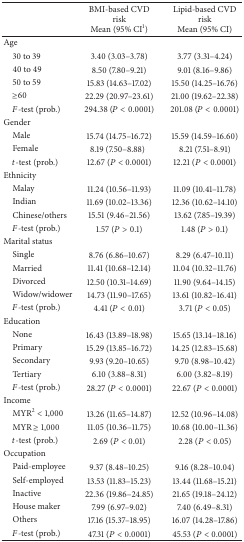
<table><thead><tr><td><b> </b></td><td><b>BMI-based CVD risk Mean (95% CI<sup>1</sup>)</b></td><td><b>Lipid-based CVD risk Mean (95% CI)</b></td></tr></thead><tbody><tr><td>Age</td><td> </td><td> </td></tr><tr><td> 30 to 39</td><td>3.40 (3.03–3.78)</td><td>3.77 (3.31–4.24)</td></tr><tr><td> 40 to 49</td><td>8.50 (7.80–9.21)</td><td>9.01 (8.16–9.86)</td></tr><tr><td> 50 to 59</td><td>15.83 (14.63–17.02)</td><td>15.50 (14.25–16.76)</td></tr><tr><td> ≥60</td><td>22.29 (20.97–23.61)</td><td>21.00 (19.62–22.38)</td></tr><tr><td> <i>F</i>-test (prob.)</td><td>294.38 (<i>P</i> &lt; 0.0001)</td><td>201.08 (<i>P</i> &lt; 0.0001)</td></tr><tr><td>Gender</td><td> </td><td> </td></tr><tr><td> Male</td><td>15.74 (14.75–16.72)</td><td>15.59 (14.59–16.60)</td></tr><tr><td> Female</td><td>8.19 (7.50–8.88)</td><td>8.21 (7.51–8.91)</td></tr><tr><td> <i>t</i>-test (prob.) </td><td>12.67 (<i>P</i> &lt; 0.0001)</td><td>12.21 (<i>P</i> &lt; 0.0001)</td></tr><tr><td>Ethnicity </td><td> </td><td> </td></tr><tr><td> Malay</td><td>11.24 (10.56–11.93)</td><td>11.09 (10.41–11.78)</td></tr><tr><td> Indian</td><td>11.69 (10.02–13.36)</td><td>12.36 (10.62–14.10)</td></tr><tr><td> Chinese/others</td><td>15.51 (9.46–21.56)</td><td>13.62 (7.85–19.39)</td></tr><tr><td> <i>F</i>-test (prob.)</td><td>1.57 (<i>P</i> &gt; 0.1)</td><td>1.48 (<i>P</i> &gt; 0.1)</td></tr><tr><td>Marital status</td><td> </td><td> </td></tr><tr><td> Single</td><td>8.76 (6.86–10.67)</td><td>8.29 (6.47–10.11)</td></tr><tr><td> Married</td><td>11.41 (10.68–12.14)</td><td>11.04 (10.32–11.76)</td></tr><tr><td> Divorced</td><td>12.50 (10.31–14.69)</td><td>11.90 (9.64–14.15)</td></tr><tr><td> Widow/widower</td><td>14.73 (11.90–17.65)</td><td>13.61 (10.82–16.41)</td></tr><tr><td> <i>F</i>-test (prob.)</td><td>4.41 (<i>P</i> &lt; 0.01)</td><td>3.71 (<i>P</i> &lt; 0.05)</td></tr><tr><td>Education</td><td> </td><td> </td></tr><tr><td> None</td><td>16.43 (13.89–18.98)</td><td>15.65 (13.14–18.16)</td></tr><tr><td> Primary</td><td>15.29 (13.85–16.72)</td><td>14.25 (12.83–15.68)</td></tr><tr><td> Secondary</td><td>9.93 (9.20–10.65)</td><td>9.70 (8.98–10.42)</td></tr><tr><td> Tertiary</td><td>6.10 (3.88–8.31)</td><td>6.00 (3.82–8.19)</td></tr><tr><td> <i>F</i>-test (prob.)</td><td>28.27 (<i>P</i> &lt; 0.0001)</td><td>22.67 (<i>P</i> &lt; 0.0001)</td></tr><tr><td>Income</td><td> </td><td> </td></tr><tr><td> MYR<sup>2</sup> &lt; 1,000</td><td>13.26 (11.65–14.87)</td><td>12.52 (10.96–14.08)</td></tr><tr><td> MYR ≥ 1,000</td><td>11.05 (10.36–11.75)</td><td>10.68 (10.00–11.36)</td></tr><tr><td> <i>t</i>-test (prob.)</td><td>2.69 (<i>P</i> &lt; 0.01)</td><td>2.28 (<i>P</i> &lt; 0.05)</td></tr><tr><td>Occupation</td><td> </td><td> </td></tr><tr><td> Paid-employee</td><td>9.37 (8.48–10.25)</td><td>9.16 (8.28–10.04)</td></tr><tr><td> Self-employed</td><td>13.53 (11.83–15.23)</td><td>13.44 (11.68–15.21)</td></tr><tr><td> Inactive</td><td>22.36 (19.86–24.85)</td><td>21.65 (19.18–24.12)</td></tr><tr><td> House maker</td><td>7.99 (6.97–9.02)</td><td>7.40 (6.49–8.31)</td></tr><tr><td> Others</td><td>17.16 (15.37–18.95)</td><td>16.07 (14.28–17.86)</td></tr><tr><td> <i>F</i>-test (prob.)</td><td>47.31 (<i>P</i> &lt; 0.0001)</td><td>45.53 (<i>P</i> &lt; 0.0001)</td></tr></tbody></table>